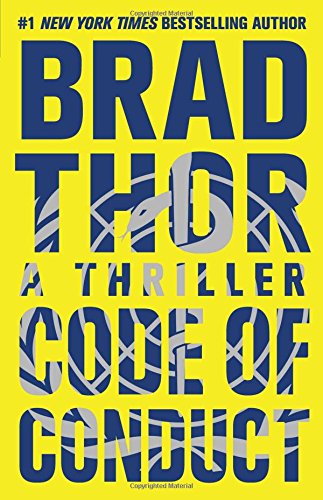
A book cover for Code of Conduct: A Thriller (The Scot Harvath Series); Brad Thor; Mystery, Thriller & Suspense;